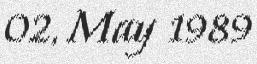
02, May 1989